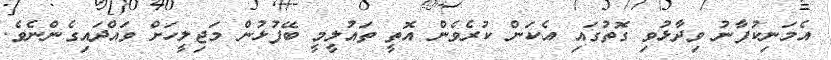
އެމަނިކުފާނު ވިދާޅުވި ގޮތުގައި އެކަން ކުރެވެން އޮތީ ތައުލީމީ ބޭފުޅުން މަޖިލީހަށް ވައްދައިގެންނެވެ.